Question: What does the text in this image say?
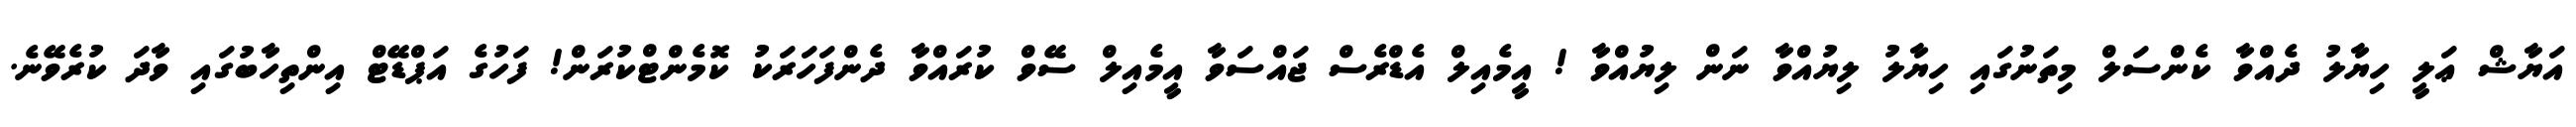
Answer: އަޔާޝް ޢަލީ ހިޔާލު ދެއްވާ ކެންސަލް މިތަނުގައި ހިޔާލު ލިޔުއްވާ ނަން ލިޔުއްވާ ! އީމެއިލް އެޑްރެސް ޖައްސަވާ އީމެއިލް ސޭވް ކުރައްވާ ދެންފަހަރަކު ކޮމެންޓްކުރަން! ފަހުގެ އަޕްޑޭޓް އިންތިހާބުގައި ވާދަ ކުރެވޭނެ.